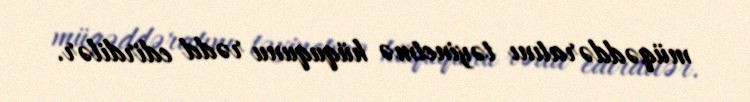
müqəddəratını təyinetmə hüququnu rədd edirdilər.